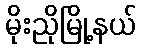
မိုးညိုမြို့နယ်